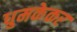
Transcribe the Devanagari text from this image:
धुमकेकर